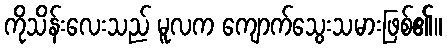
ကိုသိန်းလေးသည် မူလက ကျောက်သွေးသမားဖြစ်၏။